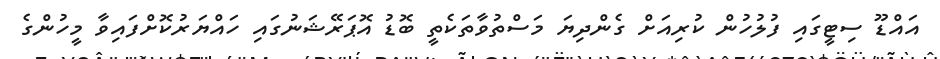
އައްޑޫ ސިޓީގައި ފުލުހުން ކުރިއަށް ގެންދިޔަ މަސްތުވާތަކެތީ ބޮޑު އޮޕަރޭޝަނުގައި ހައްޔަރުކޮށްފައިވާ މީހުންގެ